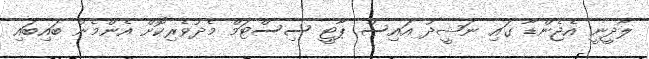
ލާދީނީ އެޖެންޑާ ގައި ނަޝީދު އައިސް ޕާޓީ ސިސްޓަމް މެދުވެރިކޮށް އެންމެން ބައިބައި